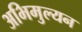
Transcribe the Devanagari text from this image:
अभिमुल्यन